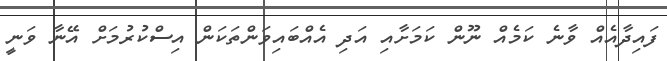
ފައިދާއެއް ވާނެ ކަމެއް ނޫން ކަމަށާއި އަދި އެއްބައިވަންތަކަން އިސްކުރުމަށް އޭނާ ވަނީ